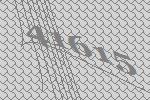
41615